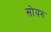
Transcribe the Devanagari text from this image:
सोयरु